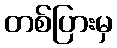
တစ်ပြားမှ